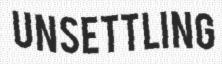
UNSETTLING